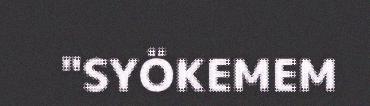
"SYÖKEMEM